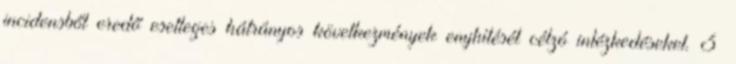
incidensből eredő esetleges hátrányos következmények enyhítését célzó intézkedéseket. 3